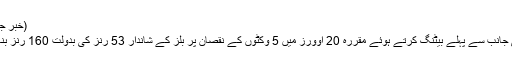
(خبر جاری ہے)
انگلینڈ کی جانب سے پہلے بیٹنگ کرتے ہوئے مقررہ 20 اوورز میں 5 وکٹوں کے نقصان پر بلز کے شاندار 53 رنز کی بدولت 160 رنز بنائے گئے۔